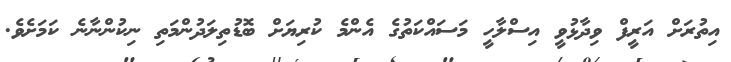
އިތުރަށް އަރީފް ވިދާޅުވީ އިސްލާހީ މަސައްކަތުގެ އެންމެ ކުރިޔަށް ބޮޑުތިލަދުންމަތި ނިކުންނާނެ ކަމަށެވެ.